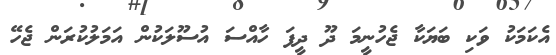
އެކަމަކު ވަކި ބަޔަކާ ޖެހުނީމަ ދޫ ދީފަ ހާއްސަ އުސޫލަކުން އަމަލުކުރަން ޖެހޭ